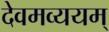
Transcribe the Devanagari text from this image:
देवमव्ययम्